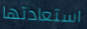
استعادتها